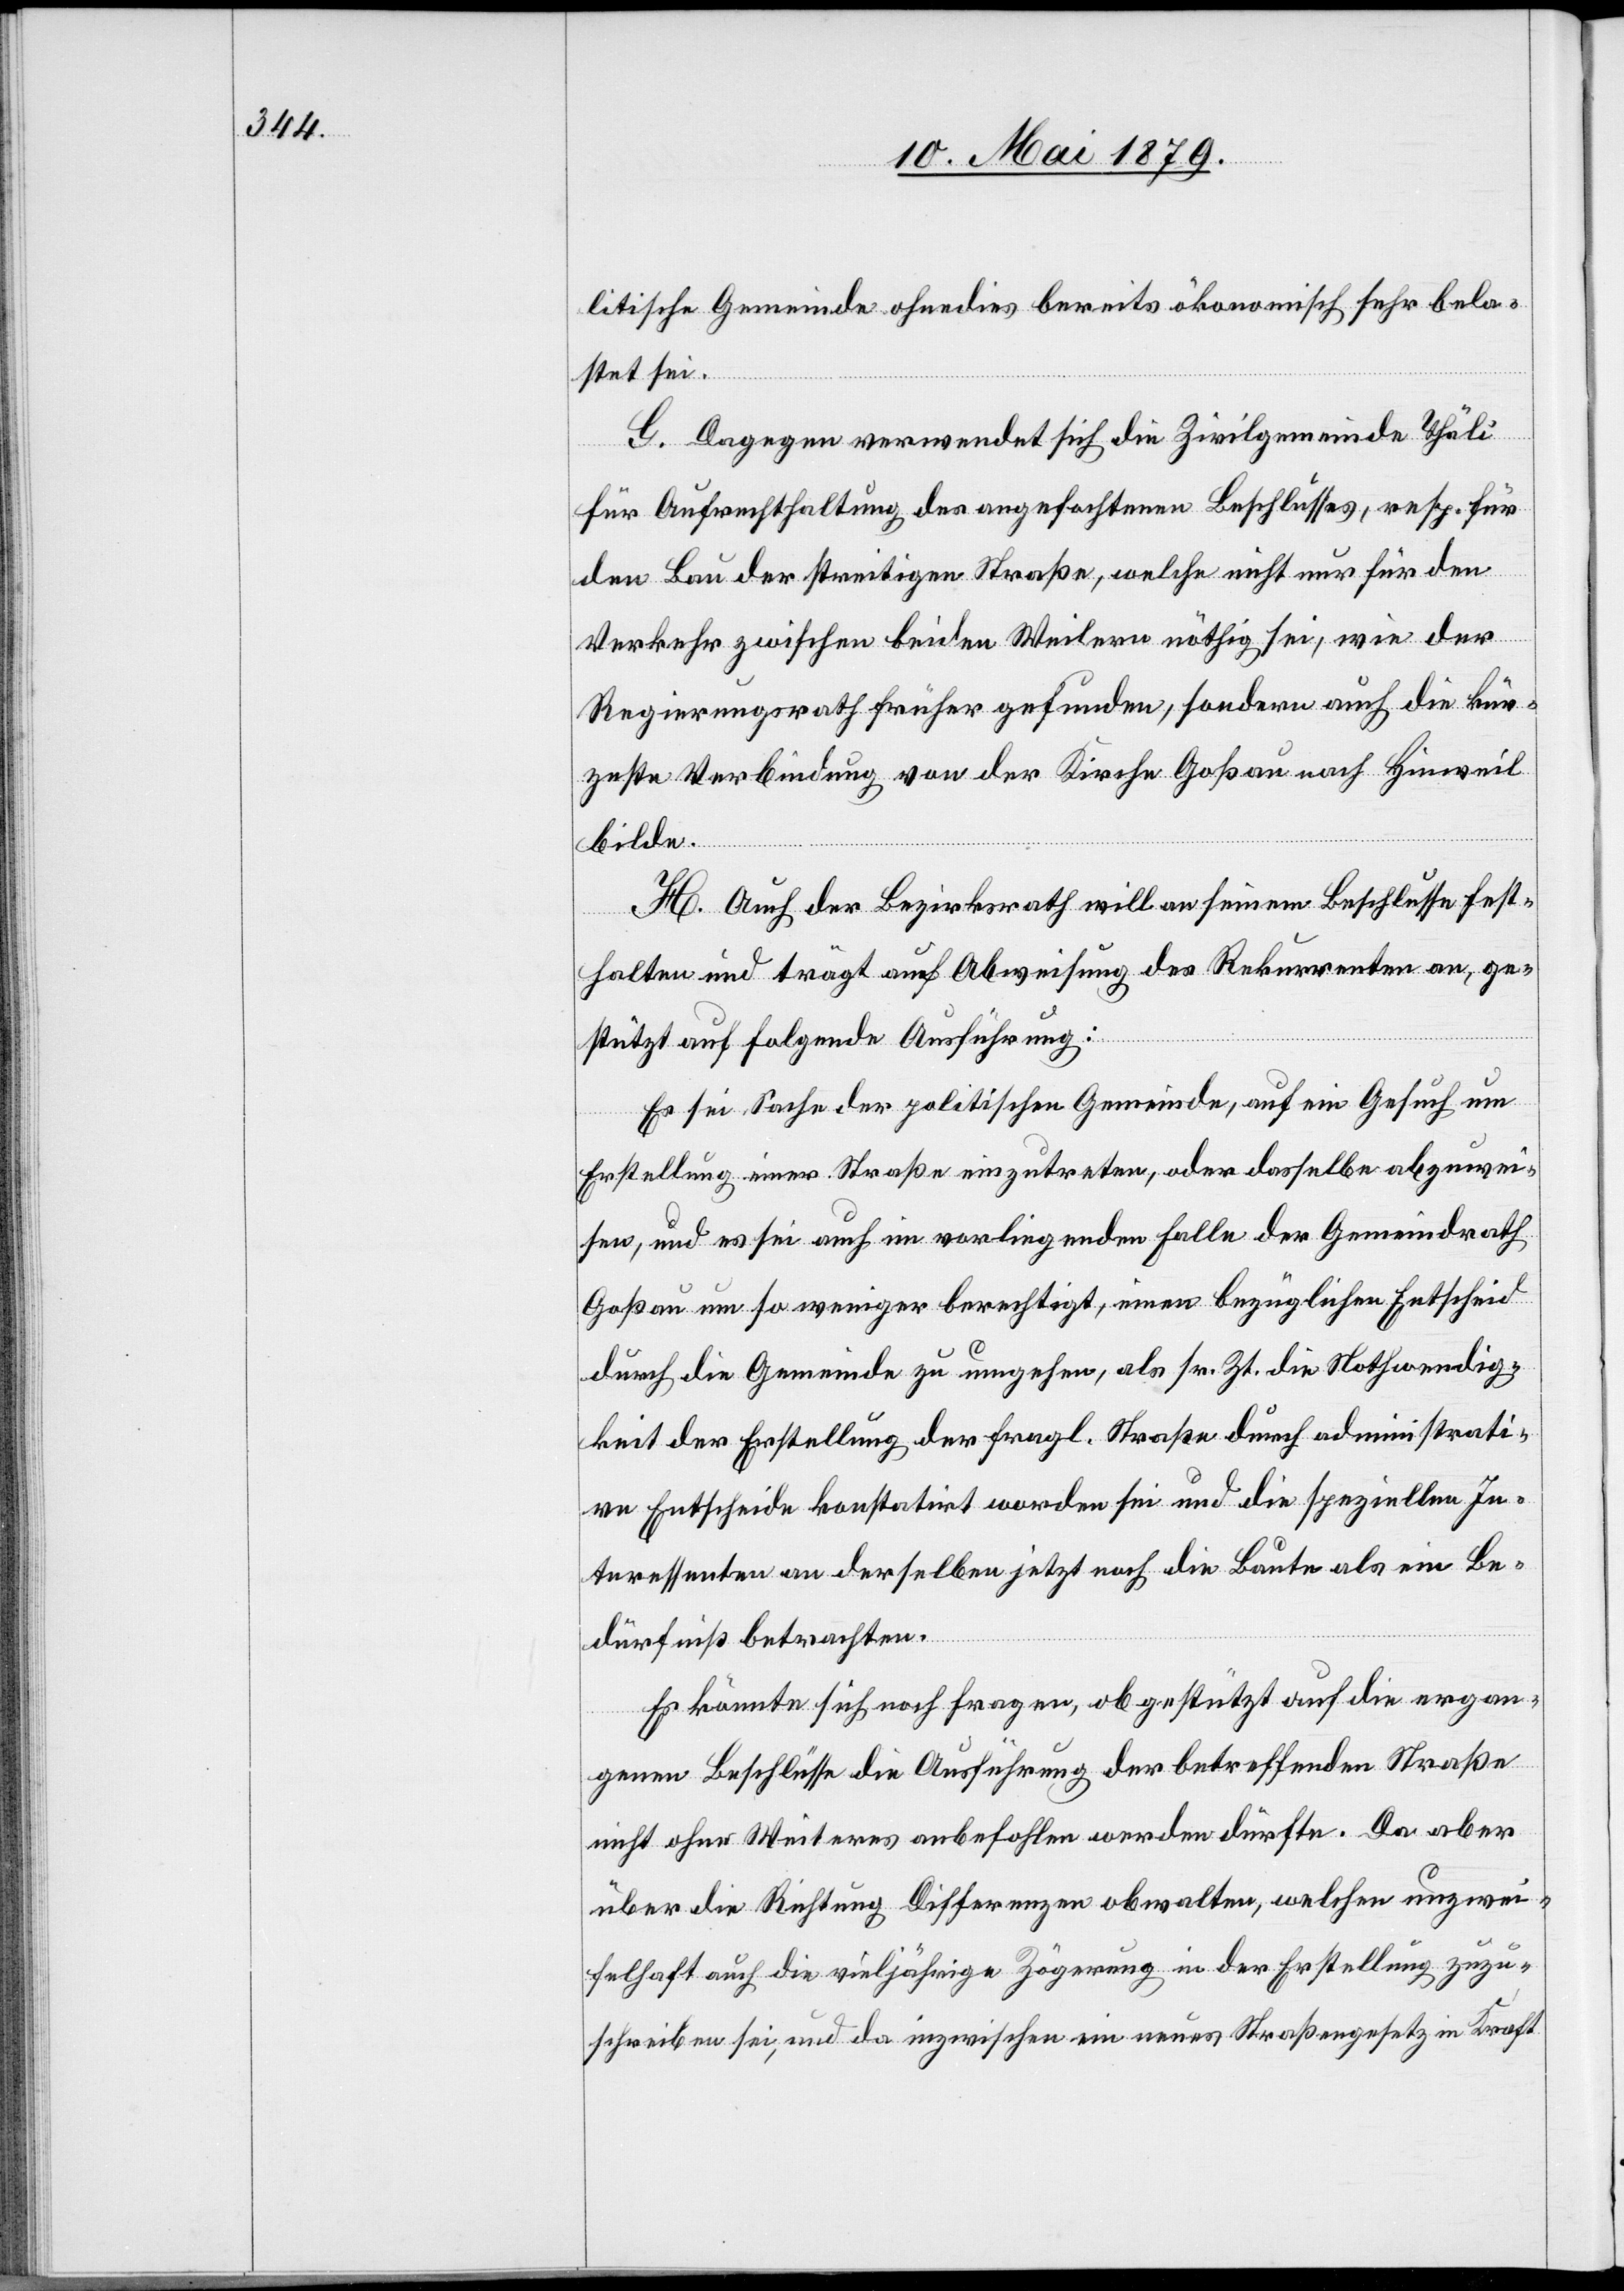
litische Gemeinde ohnedies bereits ökonomisch sehr bela¬
stet sei.
G. Dagegen verwendet sich die Zivilgemeinde Thäli
für Aufrechthaltung des angefochtenen Beschlusses, resp. für
den Bau der streitigen Straße, welche nicht nur für den
Verkehr zwischen beiden Weilern nöthig sei, wie der
Regierungsrath früher gefunden, sondern auch die kür¬
zeste Verbindung von der Kirche Goßau nach Hinweil
bilde.
H. Auch der Bezirksrath will an seinem Beschlusse fest¬
halten und trägt auf Abweisung des Rekurrenten an, ge¬
stützt auf folgende Ausführung:
Es sei Sache der politischen Gemeinde, auf ein Gesuch um
Erstellung einer Straße einzutreten, oder dasselbe abzuwei¬
sen, und es sei auch im vorliegenden Falle der Gemeindrath
Goßau um so weniger berechtigt, einen bezüglichen Entscheid
durch die Gemeinde zu umgehen, als sr. Zt. die Nothwendig¬
keit der Erstellung der fragl. Straße durch administrati¬
ve Entscheide konstatirt worden sei und die speziellen In¬
teressenten an derselben jetzt noch die Baute als ein Be¬
dürfniß betrachten.
Es könnte sich noch fragen, ob gestützt auf die ergan¬
genen Beschlüsse die Ausführung der betreffenden Straße
nicht ohne Weiteres anbefohlen werden dürfte. Da aber
über die Richtung Differenzen obwalten, welchen unzwei¬
felhaft auch die vieljährige Zögerung in der Erstellung zuzu¬
schreiben sei, und da inzwischen ein neues Straßengesetz in Kraft